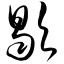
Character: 歇